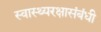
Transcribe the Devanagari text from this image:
स्वास्थ्यरक्षासंबंधी